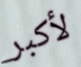
لأكبر